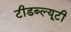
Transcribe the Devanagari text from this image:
टीडब्ल्यूटी